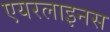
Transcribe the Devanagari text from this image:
एयरलाइनस